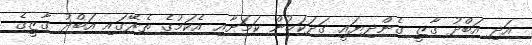
އަދި އަބްދު ގާޒީ ގެންދިޔައީ ގަދަކަމުން ކަމަށާއި އެކަމުގެ ތެރޭގައި އަބްދު ގާޒީގެ